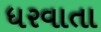
ધરવાતા